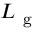
L _ { \mathrm { ~ g ~ } }